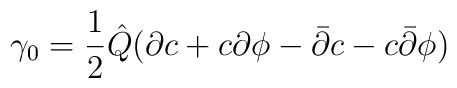
\gamma_0 = \frac{1}{2} {\hat Q} ( \partial c + c \partial \phi -{\bar \partial} c - c {\bar \partial} \phi )